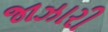
જાઝારી